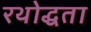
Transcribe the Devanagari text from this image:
रथोद्धता